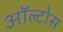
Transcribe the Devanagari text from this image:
ऑल्टोस